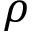
\boldsymbol { \rho }